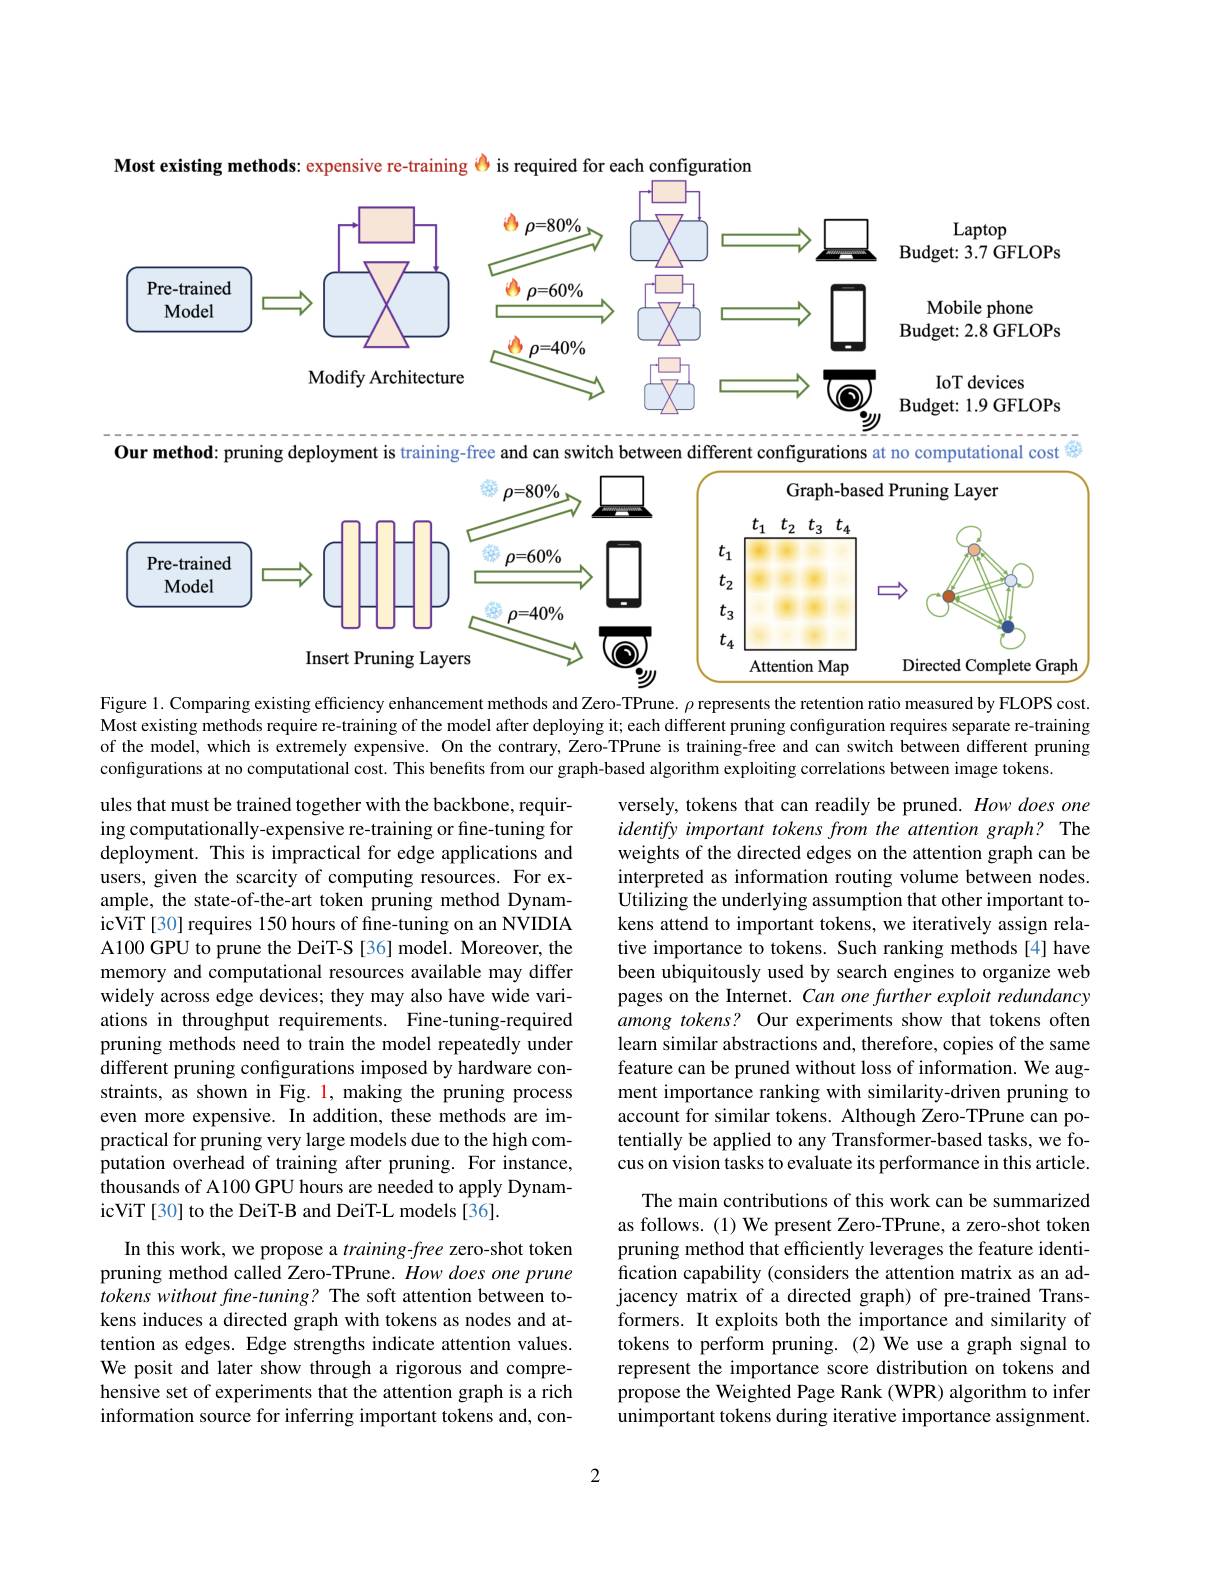
Most existing methods: expensive re-training $\color{red}{\textcircled{9}}$ is required for each configuration
<FigureHere>

between

can

Our method: pruning deployment is training-free
configurations at no computational cost
<FigureHere>

Figure 1. Comparing existing efficiency enhancement methods and Zero-TPrune. $\rho$ represents the retention ratio measured by FLOPS cost. Most existing methods require re-training of the model after deploying it; each different pruning configuration requires separate re-training of the model, which is extremely expensive. On the contrary, Zero-TPrune is training-free and can switch between different pruning configurations at no computational cost. This benefits from our graph-based algorithm exploiting correlations between image tokens

ules that must be trained together with the backbone, requiring computationally-expensive re-training or fine-tuning for deployment. This is impractical for edge applications and users, given the scarcity of computing resources. For example, the state-of-the-art token pruning method DynamicViT [30] requires 150 hours of fine-tuning on an NVIDIA A100 GPU to prune the DeiT-S [36] model. Moreover, the memory and computational resources available may differ widely across edge devices; they may also have wide variations in throughput requirements. Fine-tuning-required pruning methods need to train the model repeatedly under different pruning configurations imposed by hardware constraints, as shown in Fig. l, making the pruning process even more expensive. In addition, these methods are impractical for pruning very large models due to the high computation overhead of training after pruning. For instance, thousands of A100 GPU hours are needed to apply DynamicViT [30] to the DeiT-B and DeiT-L models [36].

versely, tokens that can readily be pruned. How does one identify important tokens from the attention graph? The weights of the directed edges on the attention graph can be interpreted as information routing volume between nodes. Utilizing the underlying assumption that other important tokens attend to important tokens, we iteratively assign relative importance to tokens. Such ranking methods [4] have been ubiquitously used by search engines to organize web pages on the Internet. Can one further exploit redundancy among tokens? Our experiments show that tokens often learn similar abstractions and, therefore, copies of the same feature can be pruned without loss of information. We augment importance ranking with similarity-driven pruning to account for similar tokens. Although Zero-TPrune can potentially be applied to any Transformer-based tasks, we focus on vision tasks to evaluate its performance in this article.
The main contributions of this work can be summarized as follows. (1) We present Zero-TPrune, a zero-shot token pruning method that efficiently leverages the feature identification capability (considers the attention matrix as an adjacency matrix of a directed graph) of pre-trained Transformers. It exploits both the importance and similarity of tokens to perform pruning. (2)We use a graph signal to represent the importance score distribution on tokens and propose the Weighted Page Rank (WPR) algorithm to infer unimportant tokens during iterative importance assignment.

In this work, we propose a $training-free$ zero-shot token pruning method called Zero-TPrune. How does one prune tokens without fine-tuning? The soft attention between tokens induces a directed graph with tokens as nodes and attention as edges. Edge strengths indicate attention values. We posit and later show through a rigorous and comprehensive set of experiments that the attention graph is a rich information source for inferring important tokens and, con-

2